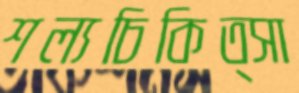
শল্যচিকিত্সা